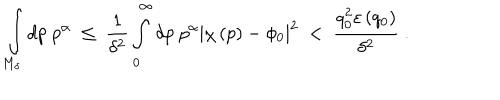
\int _ { M _ { \delta } } d p \; p ^ { \alpha } \ \leq \ \frac { 1 } { \delta ^ { 2 } } \int _ { 0 } ^ { \infty } d p \; p ^ { \alpha } \left| \chi \left( p \right) - \phi _ { 0 } \right| ^ { 2 } \ < \ \frac { q _ { 0 } ^ { 2 } \varepsilon \left( q _ { 0 } \right) } { \delta ^ { 2 } } \ .